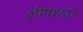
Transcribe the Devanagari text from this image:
शीषधरि